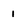
Character: I